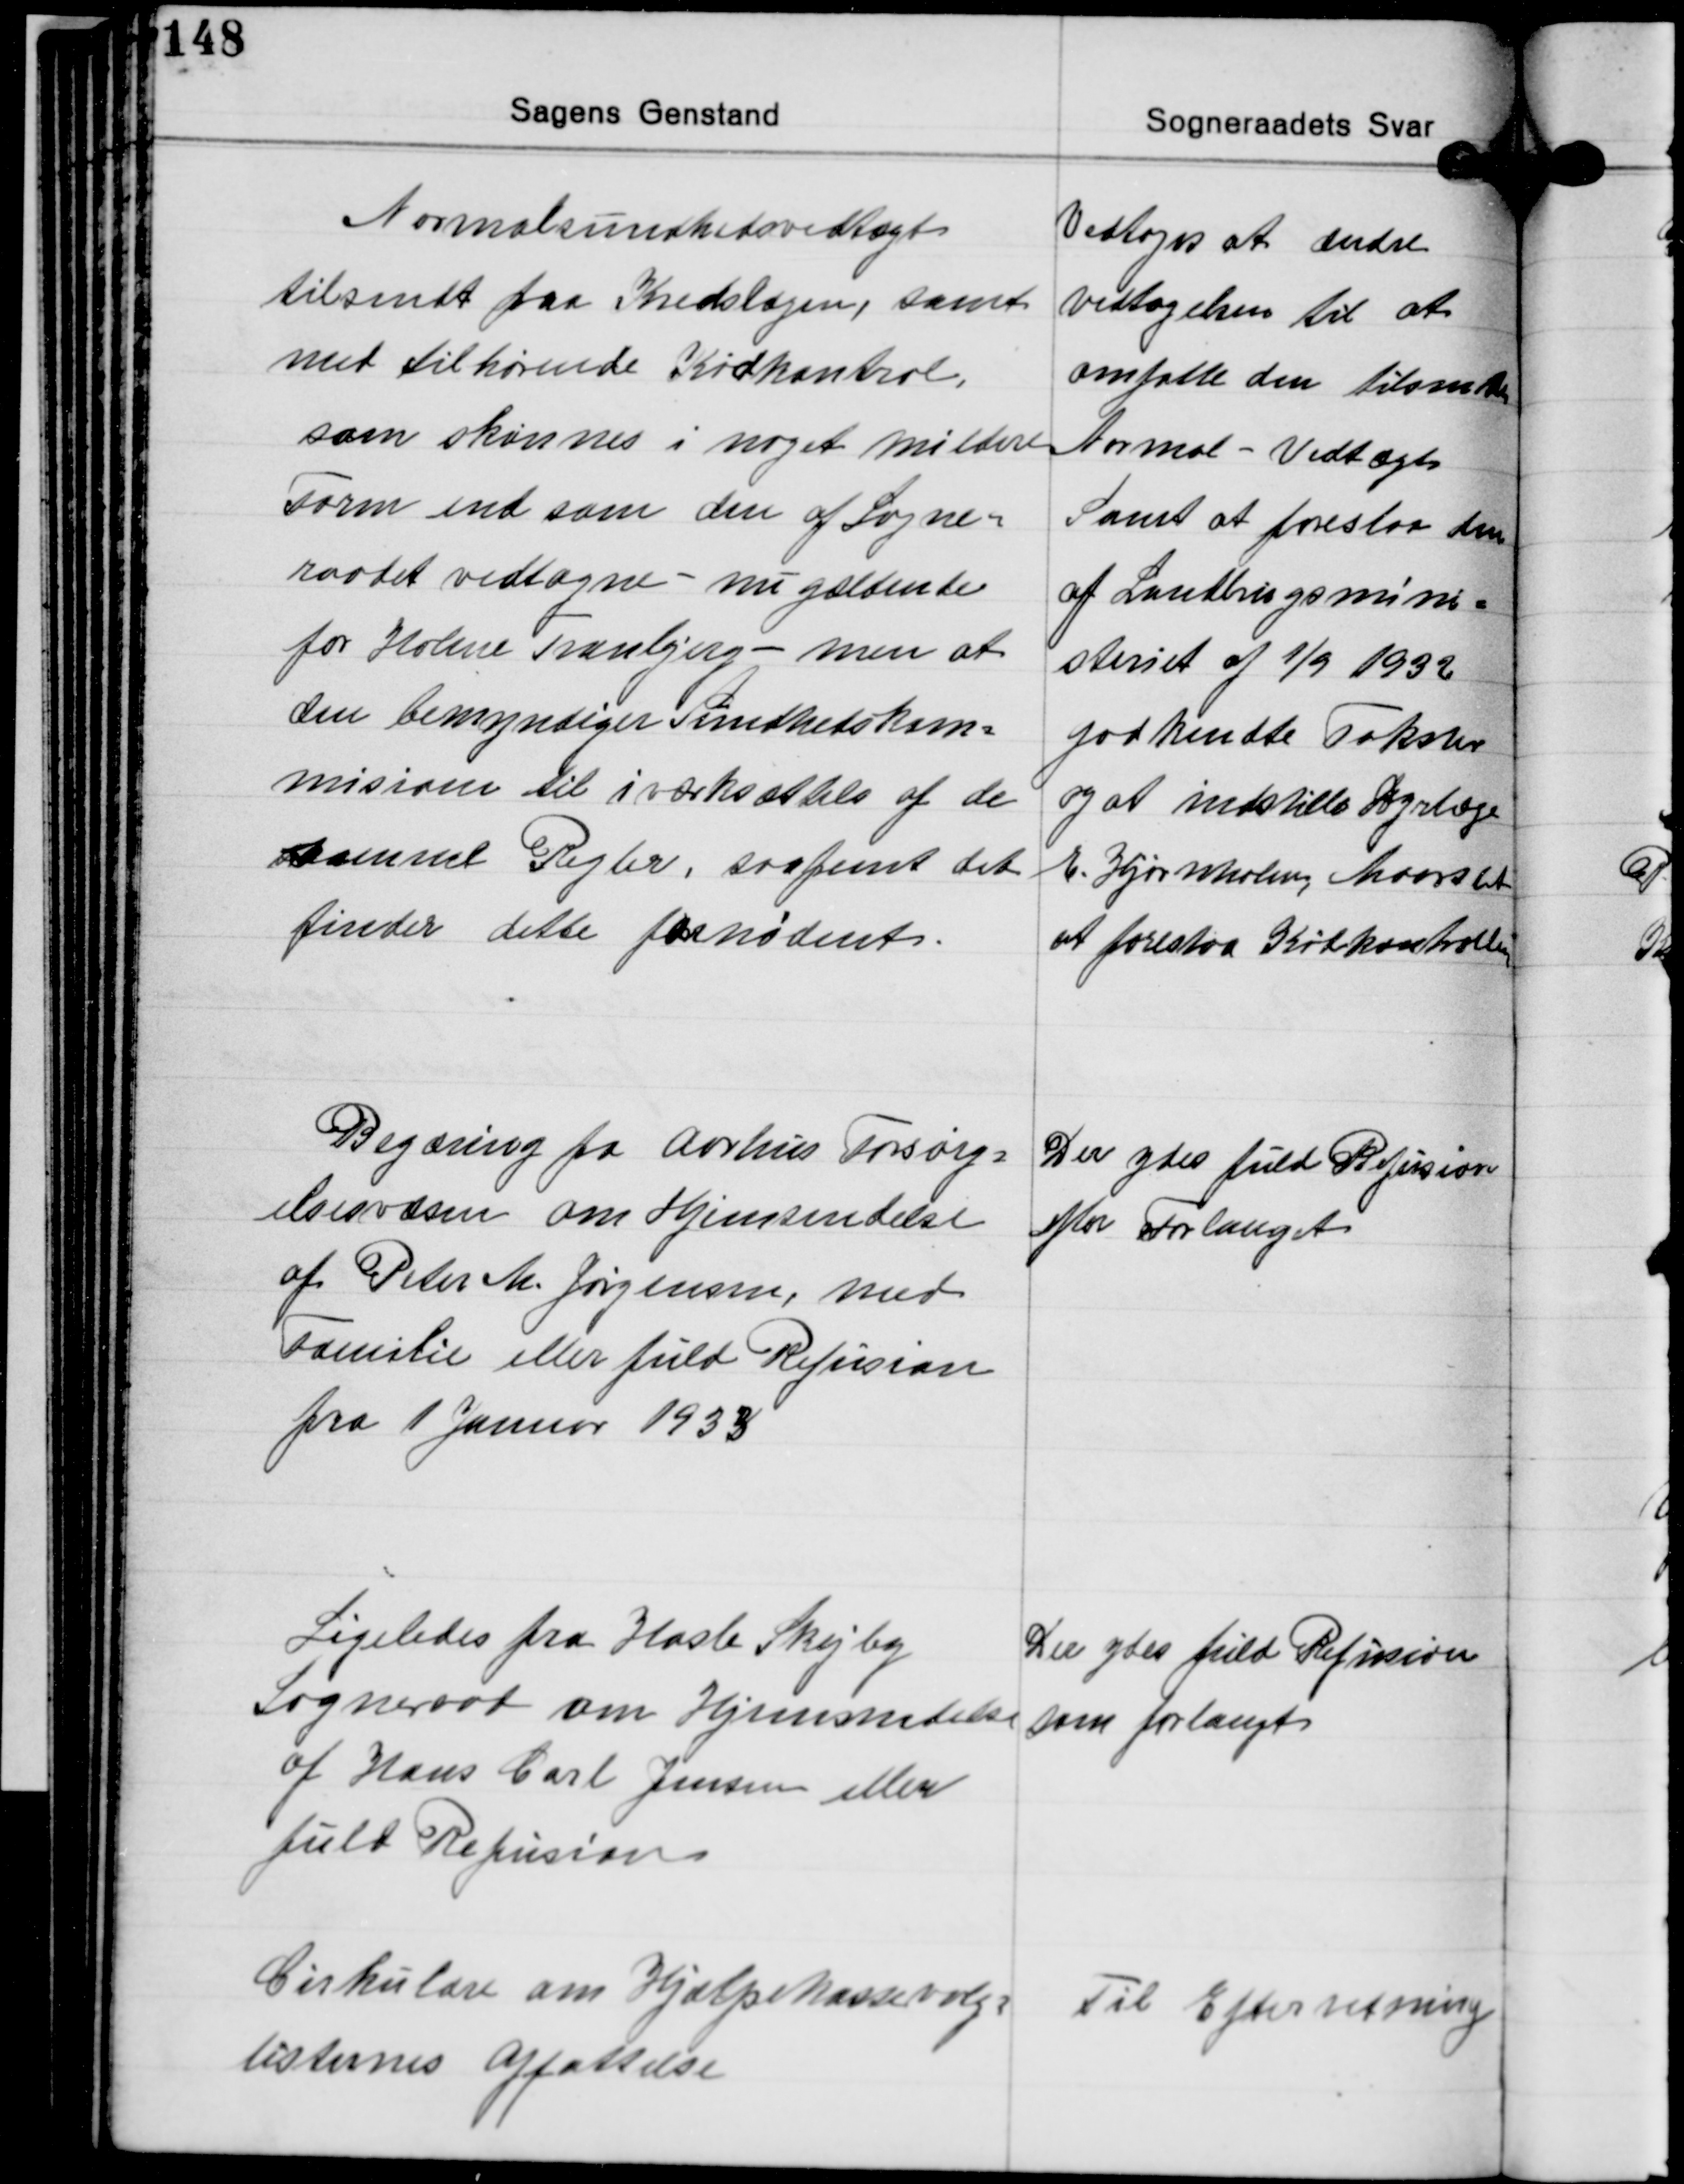
Transskription:
Normalsundhedsvedtægt
tilsendt fra Kredslægen, samt
med tilhørende Kødkontrol,
som skønnes i noget mildere
Form end som den af Sogne-
raadet vedtagne - nu gældente
for Holme Tranbjerg - men at
den bemyndiger Sundhedskom-
misionen til iværksættelse af de
samme Regler, saafremt det
finder dette fornødent.

Vedtoges at ændre
vedtagelsen til at
omfatte den tilsendte
Normal-Vedtægt.
Samt at foreslaa den
af Landbrugsmini-
steriet af 1/9 1932
godkendte Takster
og at indstille Dyrlæge
E. Hjørnholm, Maarslet
at forestaa Kødkontrollen.

Begæring fra Aarhus Forsørg-
elsesvæsen om Hjemsendelse
af Peter M. Jørgensen, med
Familie eller fuld Refusion
fra 1 Januar 1933

Der ydes fuld Refusion
efter Forlanget

Ligeledes fra Hasle Skejby
sogneraad om Hjemsendelse
af Hans Carl Jensen eller
fuld Refusion

Der ydes fuld Refusion
som forlangt

Cirkulære om Hjælpekassevalg-
listernes Affattelse

Til Efterretning